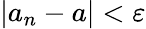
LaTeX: \left\vert a_{n}-a\right\vert<\varepsilon